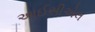
આઈસીએલ